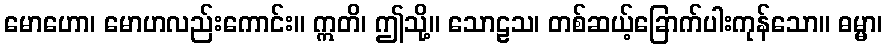
မောဟော၊ မောဟလည်းကောင်း။ ဣတိ၊ ဤသို့။ သောဠသ၊ တစ်ဆယ့်ခြောက်ပါးကုန်သော။ ဓမ္မာ၊